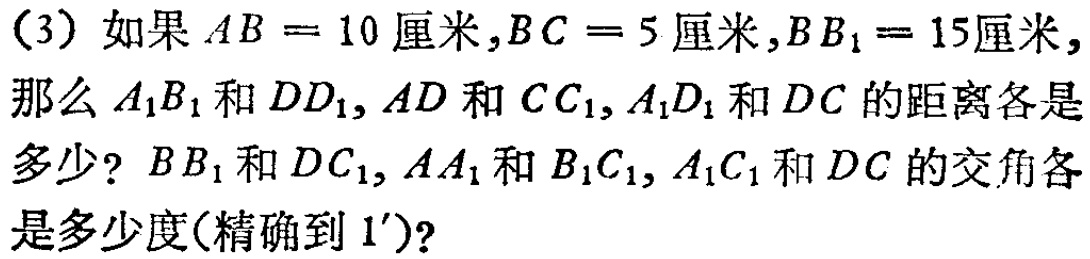
（3）如果\(AB = 10\)厘米,\(BC = 5\)厘米,\(BB_{1}= 15\)厘米,那么\(A_{1}B_{1}\)和\(DD_{1}\), \(AD\)和\(CC_{1}\), \(A_{1}D_{1}\)和\(DC\)的距离各是多少? \(BB_{1}\)和\(DC_{1}\), \(AA_{1}\)和\(B_{1}C_{1}\), \(A_{1}C_{1}\)和\(DC\)的交角各是多少度(精确到\(1^{\prime}\))?